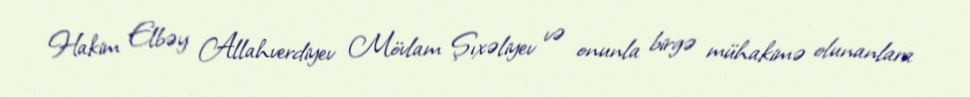
Hakim Elbəy Allahverdiyev Mövlam Şıxəliyev və onunla birgə mühakimə olunanlara